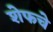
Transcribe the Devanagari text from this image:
शेफचे